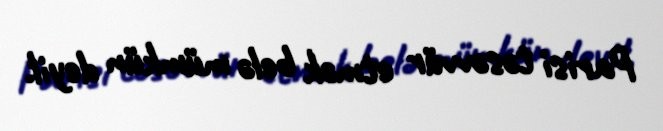
Parisi təsəvvür etmək belə mümkün deyil.